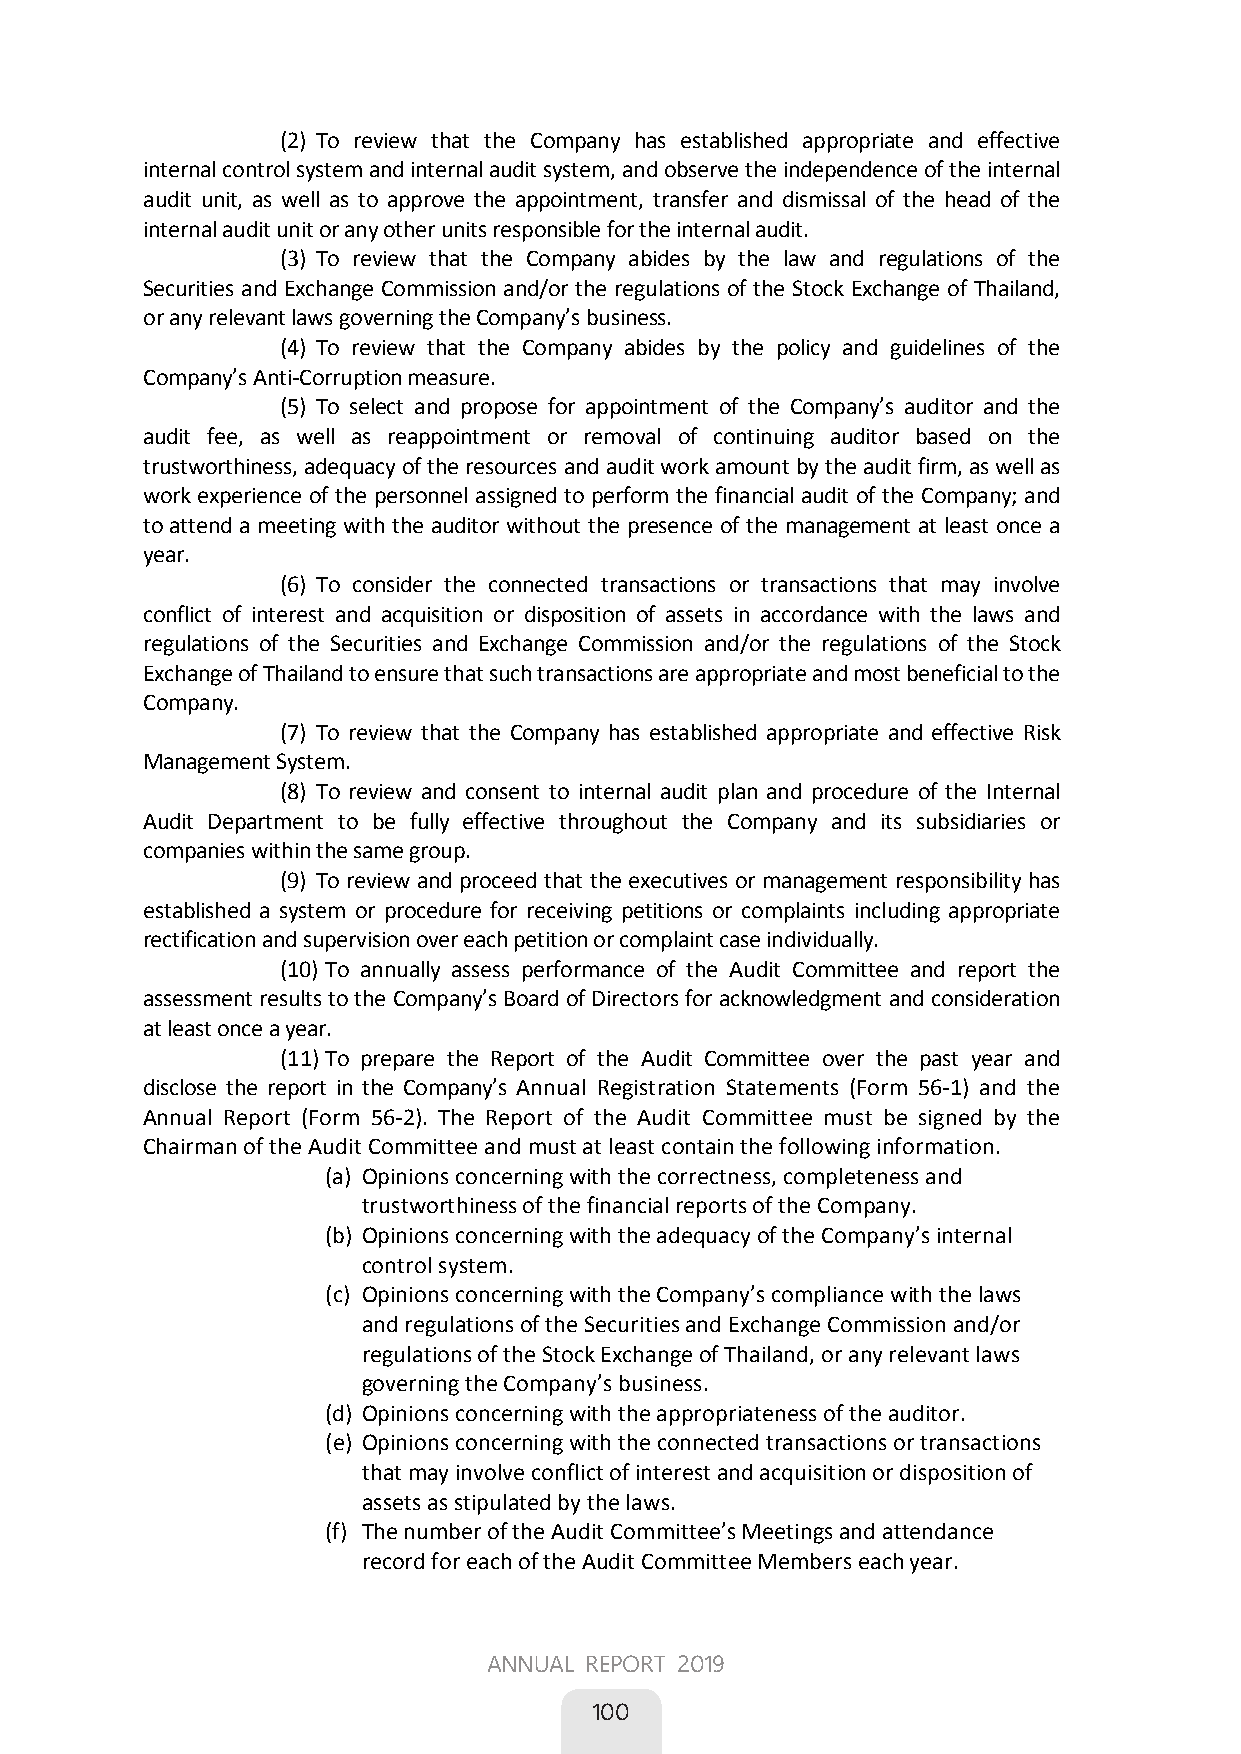
(2) To review that the Company has established appropriate and effective
 internal control system and internal audit system, and observe the independence of the internal
 audit unit, as well as to approve the appointment, transfer and dismissal of the head of the
 internal audit unit or any other units responsible for the internal audit.
 (3) To review that the Company abides by the law and regulations of the
 Securities and Exchange Commission and/or the regulations of the Stock Exchange of Thailand,
 or any relevant laws governing the Company’s business.
 (4) To review that the Company abides by the policyand guidelines of the
 Company’s Anti-Corruption measure.
 (5) To select and propose for appointment of the Company’s auditor and the
 audit fee, as well as reappointment or removal of continuing auditor based on the
 trustworthiness, adequacy of the resources and audit work amount by the audit firm, as well as
 work experience of the personnel assigned to perform the financial audit of the Company; and
 to attend a meeting with the auditor without the presence of the management at least once a
 year.
 (6) To consider the connected transactions or transactions that may involve
 conflict of interest and acquisition or disposition of assets in accordance with the laws and
 regulations of the Securities and Exchange Commission and/or the regulations of the Stock
 Exchange of Thailand to ensure that such transactions are appropriate and most beneficial to the
 Company.
 (7) To review that the Company has established appropriate and effective Risk
 Management System.
 (8) To review and consent to internal audit planand procedure of the Internal
 Audit Department to be fully effective throughout the Company and its subsidiaries or
 companies within the same group.
 (9) To review and proceed that the executives or management responsibility has
 established a system or procedure for receiving petitions or complaints includingappropriate
 rectification and supervision over each petition or complaint case individually.
 (10) To annually assess performance of the Audit Committee and report the
 assessment results to the Company’s Board of Directors for acknowledgment and consideration
 at least once a year.
 (11) To prepare the Report of the Audit Committee over the past year and
 disclose the report in the Company’s Annual Registration Statements (Form 56-1) and the
 Annual Report (Form 56-2). The Report of the Audit Committee must be signed by the
 Chairman of the Audit Committee and must at least contain the following information.
 (a) Opinions concerning with the correctness, completeness and
 trustworthiness of the financial reports of the Company.
 (b) Opinions concerning with the adequacy of the Company’s internal
 control system.
 (c) Opinions concerning with the Company’s compliance with the laws
 and regulations of the Securities and Exchange Commission and/or
 regulations of the Stock Exchange of Thailand, or any relevant laws
 governing the Company’s business.
 (d) Opinions concerning with the appropriateness of the auditor.
 (e) Opinions concerning with the connected transactions or transactions
 that may involve conflict of interest and acquisition or disposition of
 assets as stipulated by the laws.
 (f) The number of the Audit Committee’s Meetings and attendance
 record for each of the Audit Committee Members each year.
 62
 ANNUAL REPORT 2019
 
 100